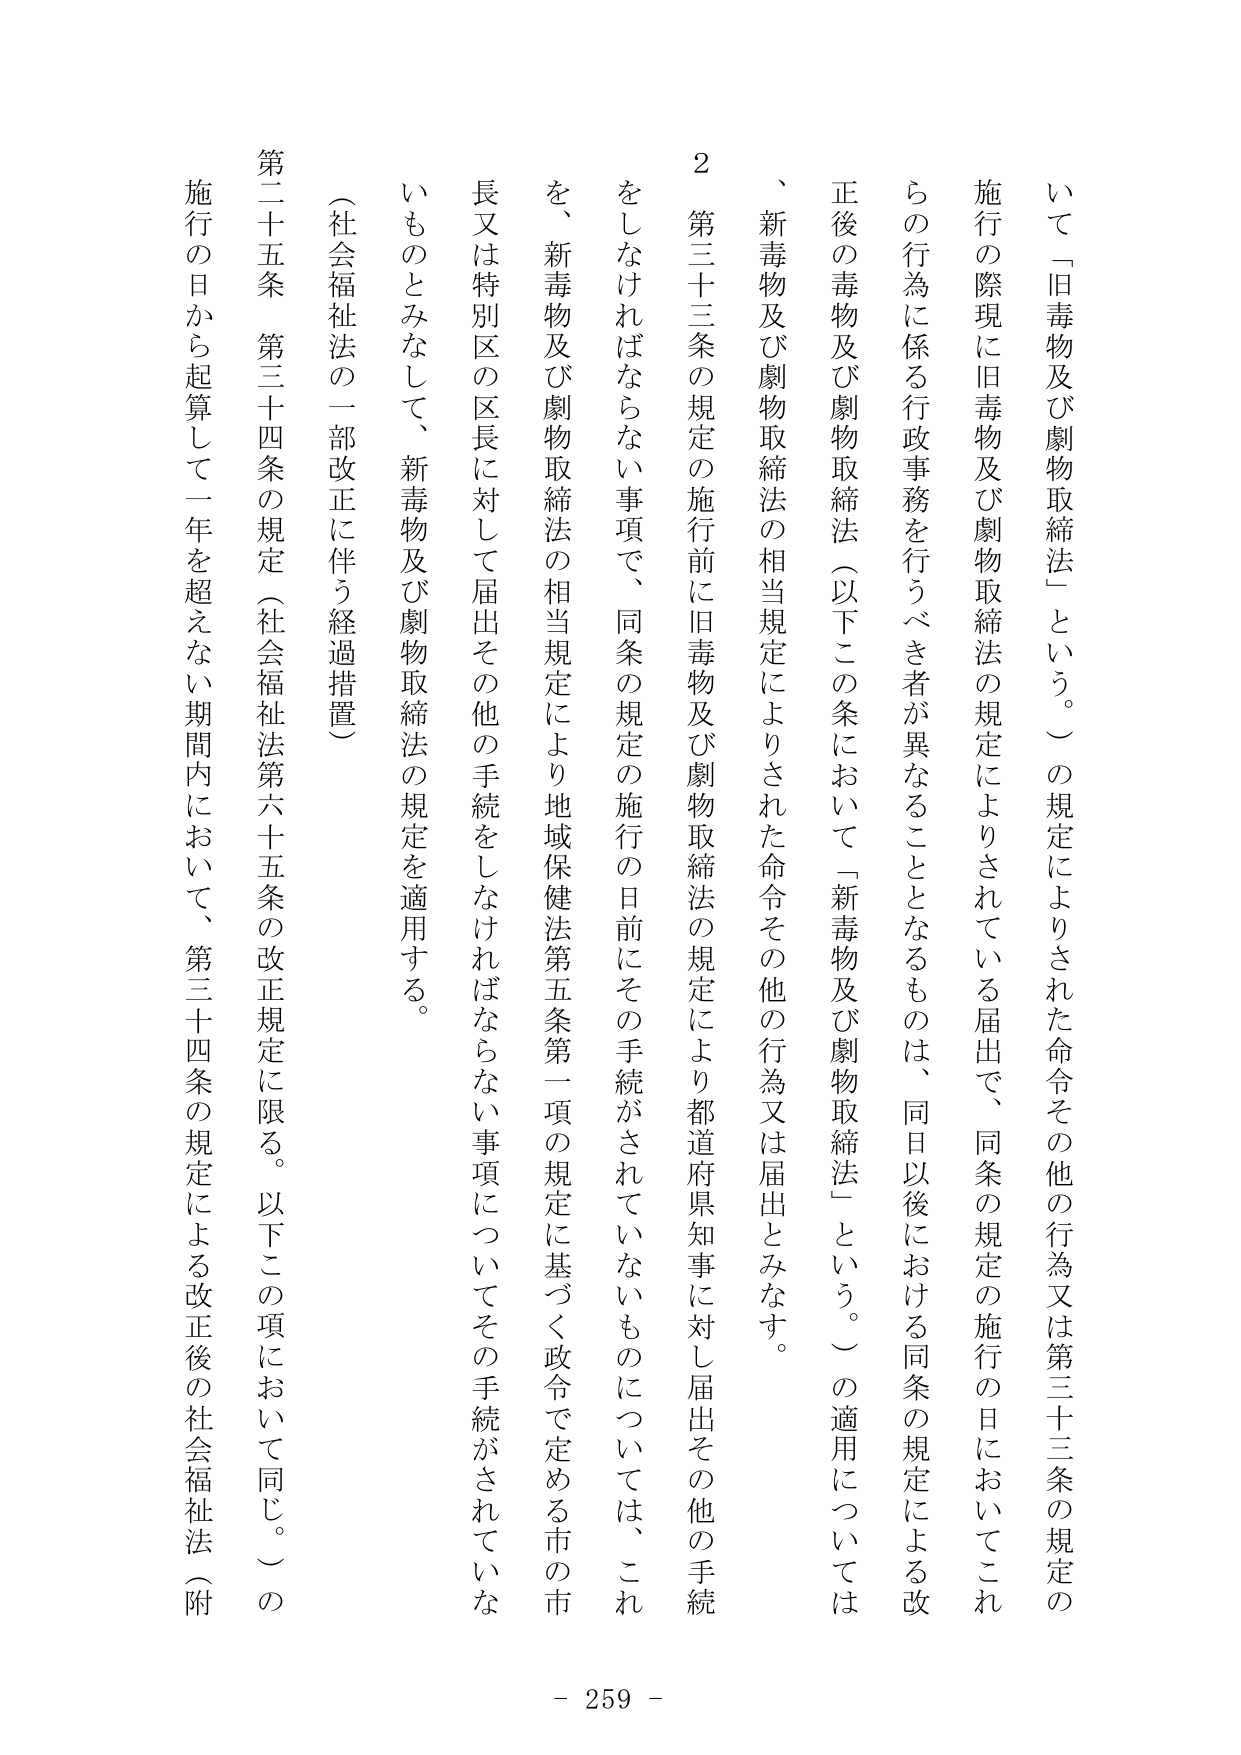
いて「旧毒物及び劇物取締法」という。）の規定によりされた命令その他の行為又は第三十三条の規定の
施行の際現に旧毒物及び劇物取締法の規定によりされている届出で、同条の規定の施行の日においてこれ
らの行為に係る行政事務を行うべき者が異なることとなるものは、同日以後における同条の規定による改
正後の毒物及び劇物取締法（以下この条において「新毒物及び劇物取締法」という。）の適用については
、新毒物及び劇物取締法の相当規定によりされた命令その他の行為又は届出とみなす。
２ 第三十三条の規定の施行前に旧毒物及び劇物取締法の規定により都道府県知事に対し届出その他の手続
をしなければならない事項で、同条の規定の施行の日前にその手続がされていないものについては、これ
を、新毒物及び劇物取締法の相当規定により地域保健法第五条第一項の規定に基づく政令で定める市の市
長又は特別区の区長に対して届出その他の手続をしなければならない事項についてその手続がされていな
いものとみなして、新毒物及び劇物取締法の規定を適用する。
（社会福祉法の一部改正に伴う経過措置）
第二十五条 第三十四条の規定（社会福祉法第六十五条の改正規定に限る。以下この項において同じ。）の
施行の日から起算して一年を超えない期間内において、第三十四条の規定による改正後の社会福祉法（附
- 259 -